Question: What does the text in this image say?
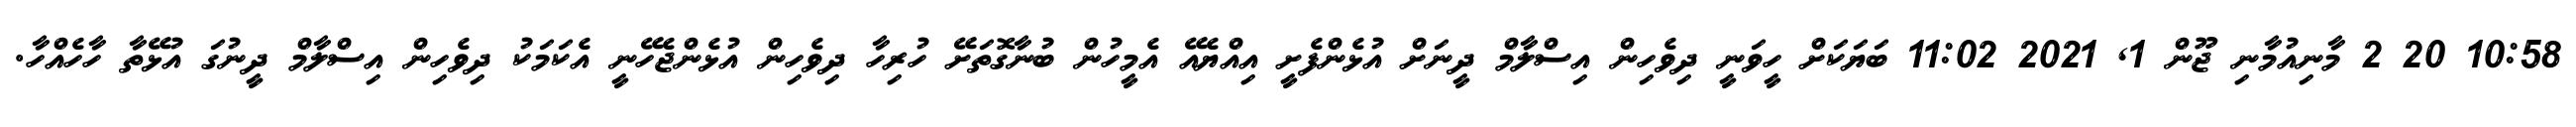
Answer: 10:58 20 2 މާނިއުމާނި ޖޫން 1, 2021 11:02 ބަޔަކަށް ހީވަނީ ދިވެހިން އިސްލާމް ދީނަށް އުޅެންފެށީ އިއްޔެއޭ އެމީހުން ބުނާގޮތަށޭ ހުރިހާ ދިވެހިން އުޅެންޖެހޭނީ އެކަމަކު ދިވެހިން އިސްލާމް ދީނުގަ އުޅޭތާ ހާހެއްހާ.